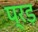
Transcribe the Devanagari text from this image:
प्रड़